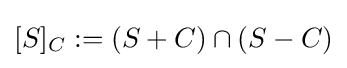
[S]_{C}:=\left(S+C\right)\cap \left(S-C\right)